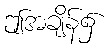
ဤအချိန်၌